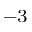
^ { - 3 }